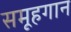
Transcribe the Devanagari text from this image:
समूहगान